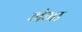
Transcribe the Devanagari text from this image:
ग॓गा